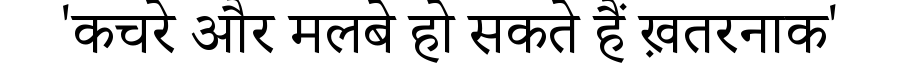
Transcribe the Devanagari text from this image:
'कचरे और मलबे हो सकते हैं ख़तरनाक'